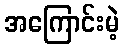
အကြောင်းမဲ့